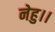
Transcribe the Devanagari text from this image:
नेहु।।